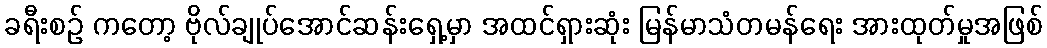
ခရီးစဉ် ကတော့ ဗိုလ်ချုပ်အောင်ဆန်းရှေ့မှာ အထင်ရှားဆုံး မြန်မာသံတမန်ရေး အားထုတ်မှုအဖြစ်